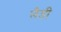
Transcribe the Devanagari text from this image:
लैडी